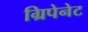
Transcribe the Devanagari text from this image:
ग्रिपेनेट